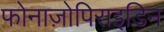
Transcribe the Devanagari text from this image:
फोनाज़ोपिराइडिन